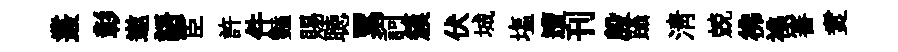
叢彰遨語宦許件豔賜聴累訶簇伏城塩遭刊殷躡淸兢彿襍審煑